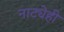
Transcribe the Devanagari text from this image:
नाट्येही